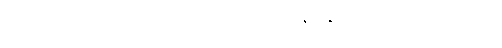
အာမခံအလုပ်သမားများအား ဟုဆိုလိုက်သည်နှင့် နှလုံးသည်းပွတ်ကို စိုးရိမ်၏